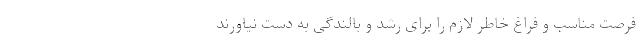
فرصت مناسب و فراغ‌ خاطر لازم را برای رشد و بالندگی به دست نیاورند